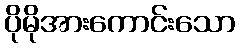
ပိုမိုအားကောင်းသော